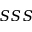
S S S